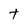
Character: t